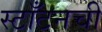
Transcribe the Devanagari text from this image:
स्टाँटनची